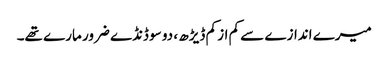
میرے اندازے سے کم از کم ڈیڑھ ، دو سو ڈنڈے ضرور مارے تھے۔